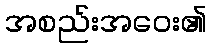
အစည်းအဝေး၏